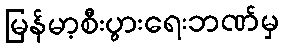
မြန်မာ့စီးပွားရေးဘဏ်မှ